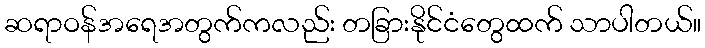
ဆရာဝန်အရေအတွက်ကလည်း တခြားနိုင်ငံတွေထက် သာပါတယ်။